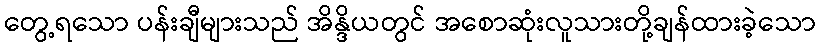
တွေ့ရသော ပန်းချီများသည် အိန္ဒိယတွင် အစောဆုံးလူသားတို့ချန်ထားခဲ့သော